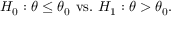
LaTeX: H _ { 0 } : \theta \leq \theta _ { 0 } { \mathrm { ~ v s . ~ } } H _ { 1 } : \theta > \theta _ { 0 } .